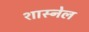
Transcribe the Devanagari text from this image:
शास्नेल